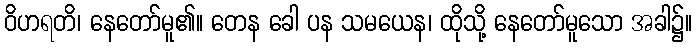
ဝိဟရတိ၊ နေတော်မူ၏။ တေန ခေါ ပန သမယေန၊ ထိုသို့ နေတော်မူသော အခါ၌။